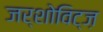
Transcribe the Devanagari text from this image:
जर्शोविट्ज़